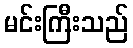
မင်းကြီးသည်